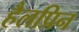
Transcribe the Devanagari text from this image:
हैलप्रिन